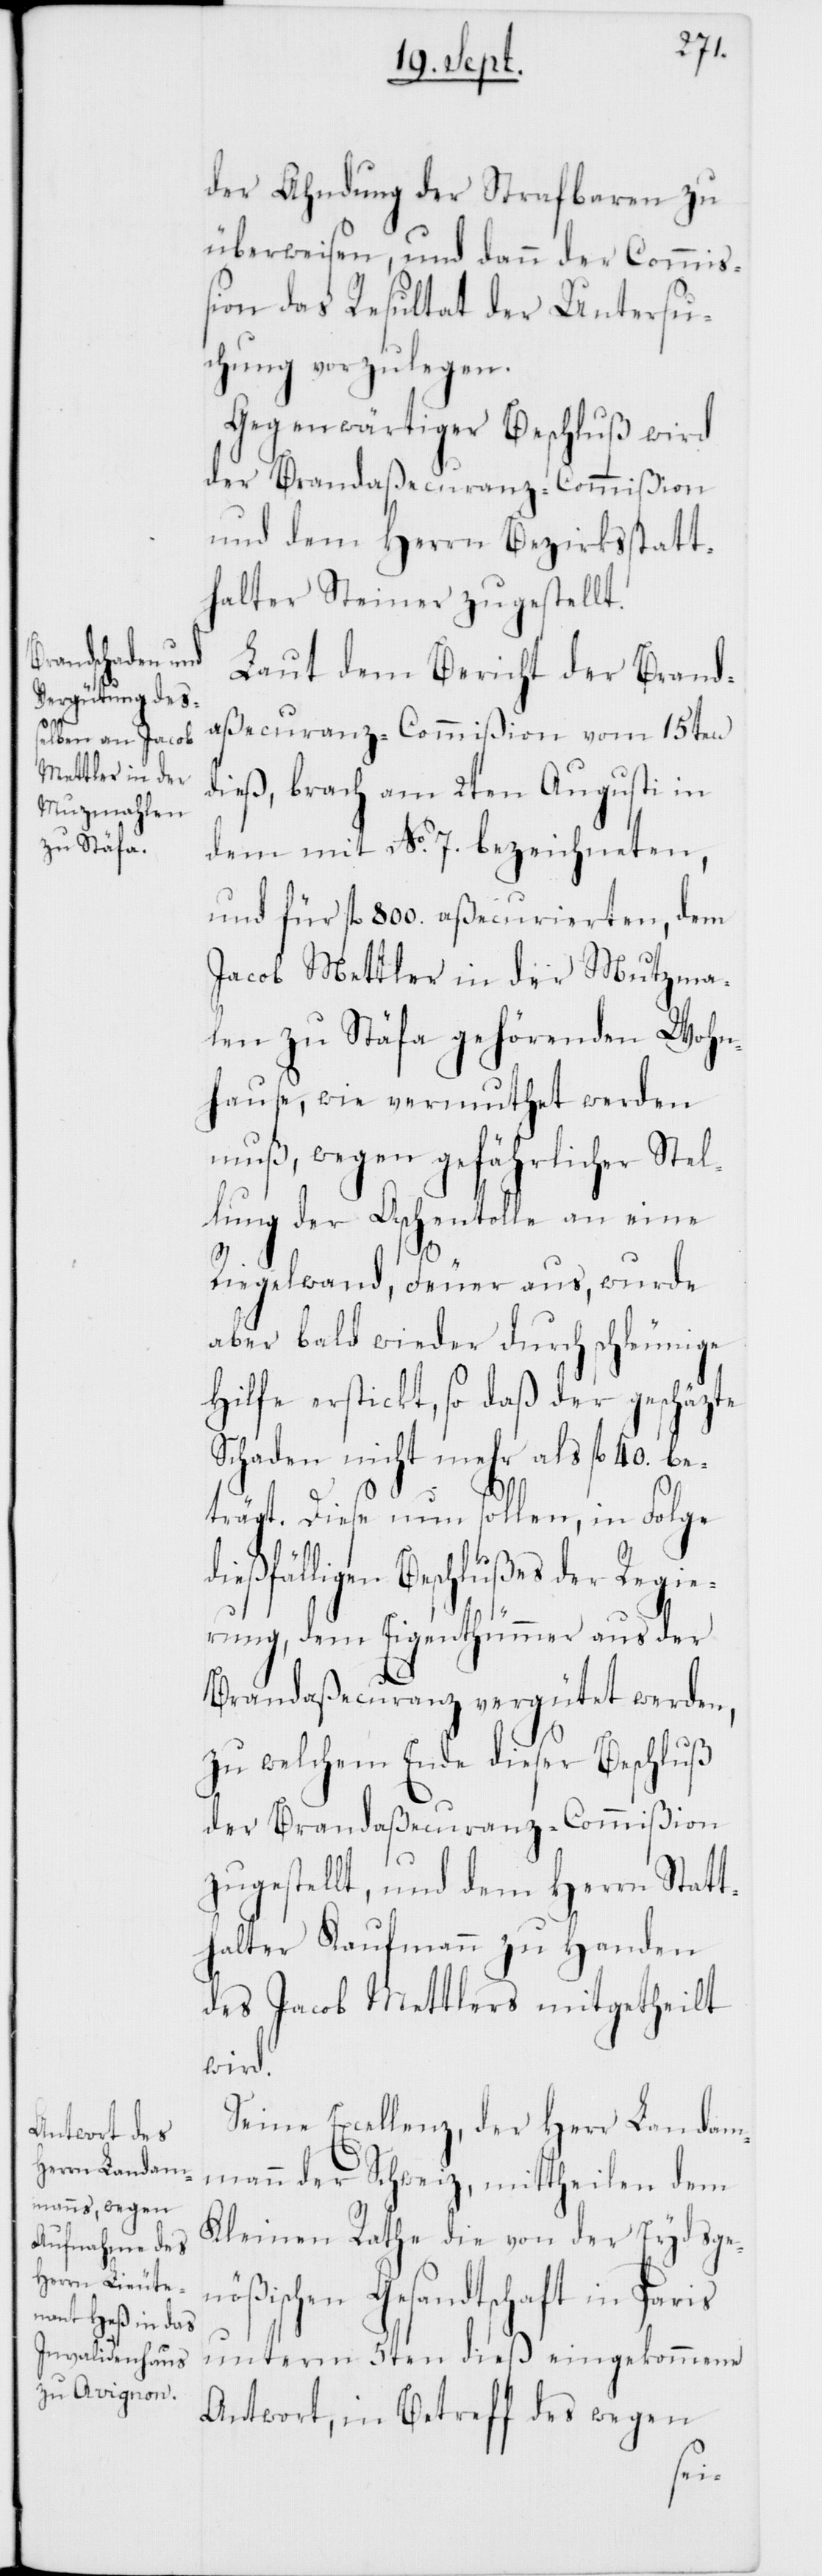
di¬
der Ahndung der Strafbaren zu
überweisen, und dann der Commiß¬
ion das Resultat der Untersu¬
chung vorzulegen.
Gegenwärtiger Beschluß wird
der Brandaßecuranz-Commißion
und dem Herrn Bezirksstatt¬
halter Steiner zugestellt.
Laut dem Bericht der Brand¬
aßecuranz-Commißion vom 15ten
dieß, brach am 2ten Augusti in
dem mit No 7. bezeichneten,
und für fl. 800 aßecurierten, dem
Jacob Mettler in der Mutzma¬
len zu Stäfa gehörenden Wohn¬
hause, wie vermuthet werden
muß, wegen gefährlicher Stel¬
lung der Aschentolle an eine
Riegelwand, Feuer aus, wurde
aber bald wieder durch schleunige
Hilfe erstickt, so daß der geschätzte
Schaden nicht mehr als fl. 40 be¬
trägt. Diese nun sollen, in Folge
eßfälligen Beschlußes der Regie¬
rung, dem Eigenthümmer aus der
Brandaßecuranz vergütet werden,
zu welchem Ende dieser Beschluß
der Brandaßecuranz-Commißion
zugestellt, und dem Herrn Statt¬
halter Kaufmann zu Handen
des Jacob Mettlers mitgetheilt
wird.
Seine Excellenz, der Herr Landam¬
mann der Schweiz, mittheilen dem
Kleinen Rathe die von der Eydsge¬
nößischen Gesandtschaft in Paris
unterm 5ten dieß eingekommene
Antwort, in Betreff des wegen